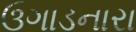
ઉગાડનારા